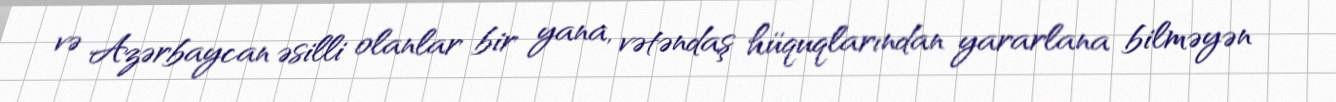
və Azərbaycan əsilli olanlar bir yana, vətəndaş hüquqlarından yararlana bilməyən